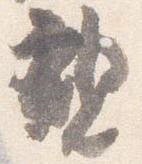
親